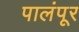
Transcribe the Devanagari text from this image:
पालंपूर